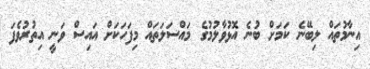
އިނާމުތައް ލިބޭނެ ކަމަށް ބުނެ އޮޅުވާލުމުގެ މައްސަލަަތައް މިފަހަކަށް އައިސް ވަނީ އިތުރުވެފަ